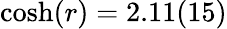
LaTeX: \cosh(r)=2.11(15)